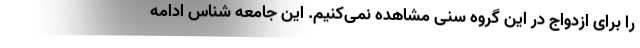
را برای ازدواج در این گروه سنی مشاهده نمی‌کنیم. این جامعه شناس ادامه